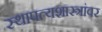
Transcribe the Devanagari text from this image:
स्थापत्यशास्त्रांवर